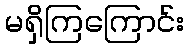
မရှိကြကြောင်း